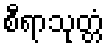
စီရာသုတ္တံ